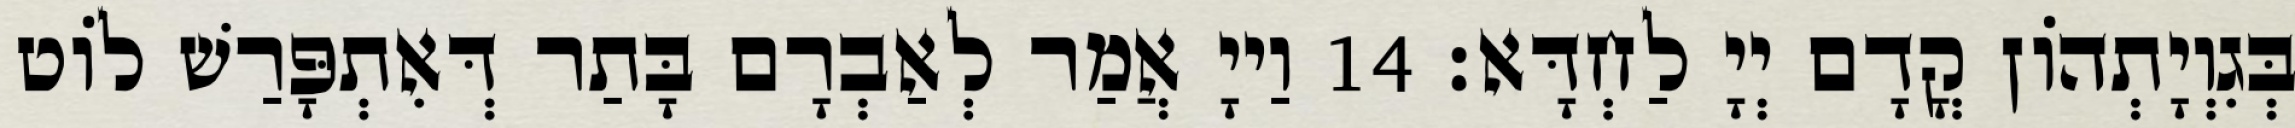
בְּגִוְיָתְהוֹן קֳדָם יְיָ לַחְדָּא׃ 14 וַייָ אֲמַר לְאַבְרָם בָּתַר דְּאִתְפָּרַשׁ לוֹט